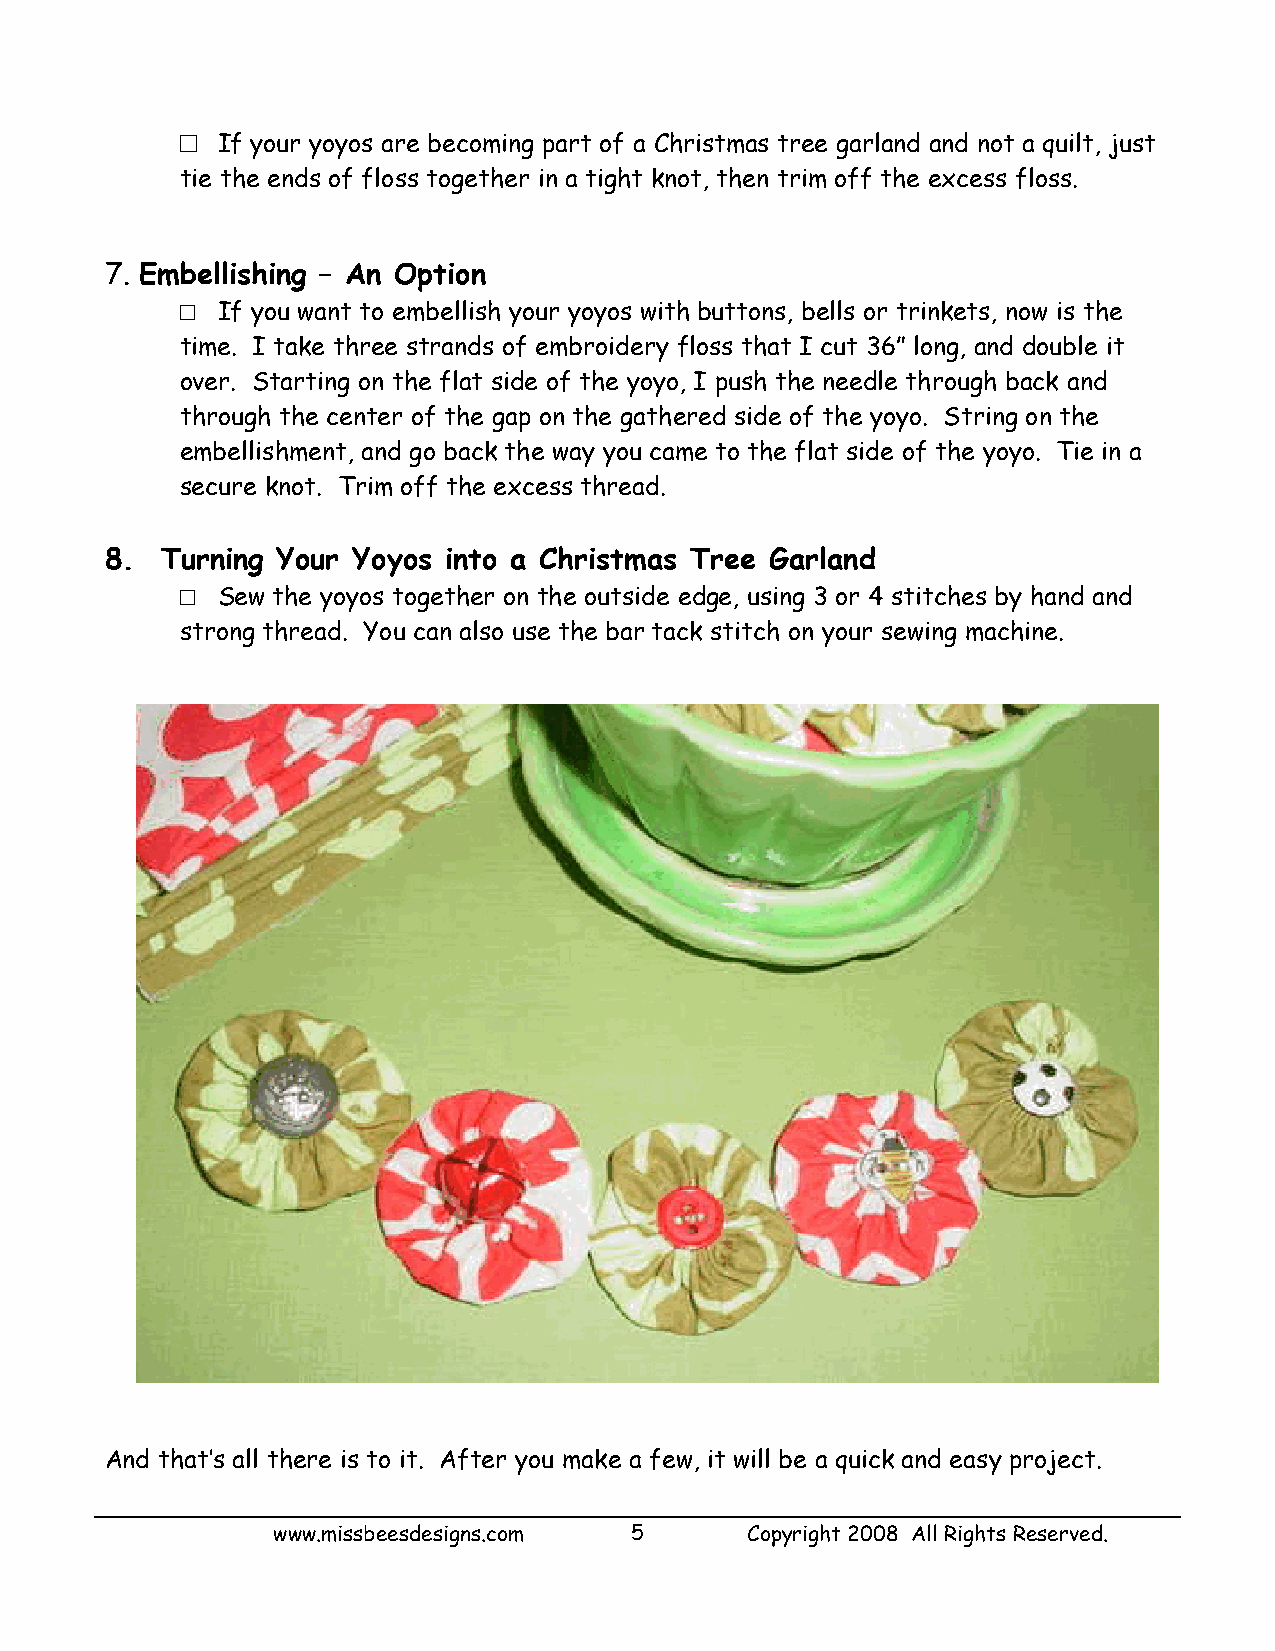
□ If your yoyos are becoming part of a Christmas tree garland and not a quilt, just
 tie the ends of floss together in a tight knot, then trim off the excess floss.
 7. Embellishing – An Option
 □ If you want to embellish your yoyos with buttons, bells or trinkets, now is the
 time. I take three strands of embroidery floss that I cut 36” long, and double it
 over. Starting on the flat side of the yoyo, I push the needle through back and
 through the center of the gap on the gathered side of the yoyo. String on the
 embellishment, and go back the way you came to the flat side of the yoyo. Tie in a
 secure knot. Trim off the excess thread.
 8.  Turning Your Yoyos into a Christmas Tree Garland
 □ Sew the yoyos together on the outside edge, using 3 or 4 stitches by hand and
 strong thread. You can also use the bar tack stitch on your sewing machine.
 And that’s all there is to it. After you make a few, it will be a quick and easy project.
 www.missbeesdesigns.com 5       Copyright 2008 All Rights Reserved.